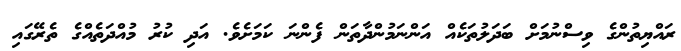
ރައްޔިތުންގެ ވިސްނުމަށް ބަދަލުތަކެއް އަންނަމުންދާތަން ފެންނަ ކަމަށެވެ. އަދި ކުރު މުއްދަތެއްގެ ތެރޭގައި